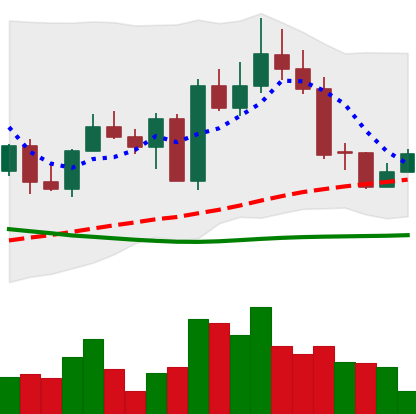
Ticker: EOS-USD
Chart end date: 2022-09-17
Forward return: -15.967%
Label: down_7plus